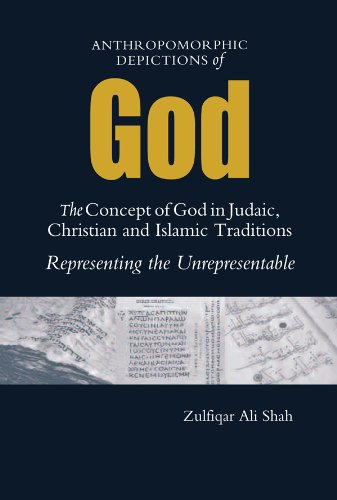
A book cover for Anthropomorphic Depictions of God: The Concept of God in Judaic, Christian, and Islamic Traditions: Representing the Unrepresentable; Zulfiqar Ali Shah; Religion & Spirituality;